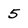
Character: 5